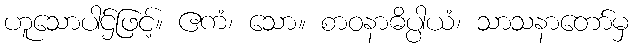
ဟူသောပါဌ်ဖြင့်။ ဧကံ၊ သော။ စာဝနာဓိပ္ပါယံ၊ သာသနာတော်မှ